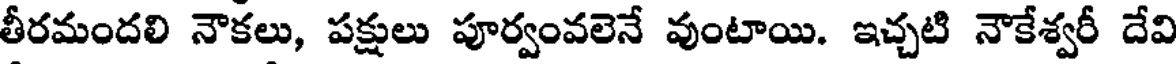
తీరమందలి నౌకలు, పక్షులు పూర్వంవలెనే వుంటాయి. ఇచ్చటి నౌకేశ్వరీ దేవి